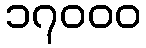
၁၇၀၀၀